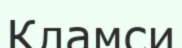
Кламси